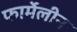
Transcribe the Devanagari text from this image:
फार्मेलीन